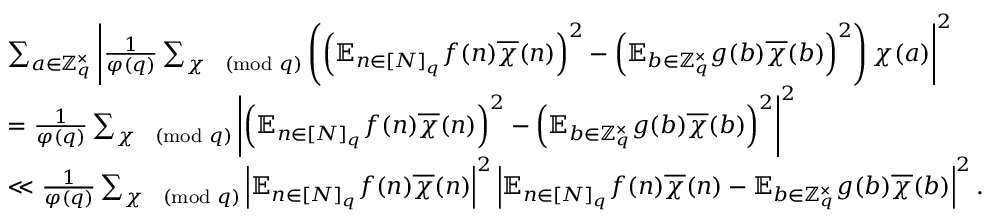
\begin{array} { r } { \begin{array} { r l } & { \sum _ { a \in \mathbb { Z } _ { q } ^ { \times } } \left| \frac { 1 } { \varphi ( q ) } \sum _ { \chi \pmod { q } } \left( \left( \mathbb { E } _ { n \in [ N ] _ { q } } f ( n ) \overline { { \chi } } ( n ) \right) ^ { 2 } - \left( \mathbb { E } _ { b \in \mathbb { Z } _ { q } ^ { \times } } g ( b ) \overline { { \chi } } ( b ) \right) ^ { 2 } \right) \chi ( a ) \right| ^ { 2 } } \\ & { = \frac { 1 } { \varphi ( q ) } \sum _ { \chi \pmod { q } } \left| \left( \mathbb { E } _ { n \in [ N ] _ { q } } f ( n ) \overline { { \chi } } ( n ) \right) ^ { 2 } - \left( \mathbb { E } _ { b \in \mathbb { Z } _ { q } ^ { \times } } g ( b ) \overline { { \chi } } ( b ) \right) ^ { 2 } \right| ^ { 2 } } \\ & { \ll \frac { 1 } { \varphi ( q ) } \sum _ { \chi \pmod { q } } \left| \mathbb { E } _ { n \in [ N ] _ { q } } f ( n ) \overline { { \chi } } ( n ) \right| ^ { 2 } \left| \mathbb { E } _ { n \in [ N ] _ { q } } f ( n ) \overline { { \chi } } ( n ) - \mathbb { E } _ { b \in \mathbb { Z } _ { q } ^ { \times } } g ( b ) \overline { { \chi } } ( b ) \right| ^ { 2 } . } \end{array} } \end{array}